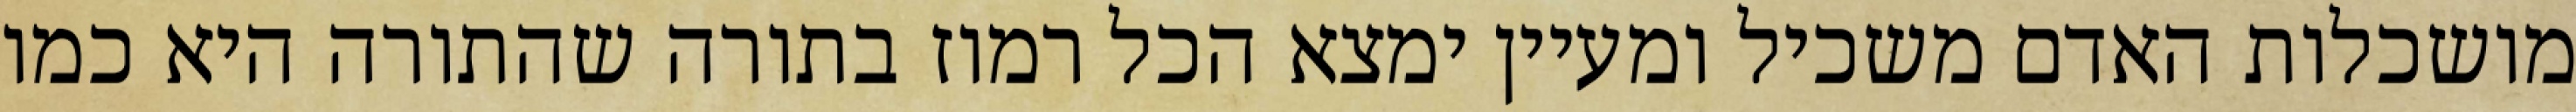
מושכלות האדם משכיל ומעיין ימצא הכל רמוז בתורה שהתורה היא כמו